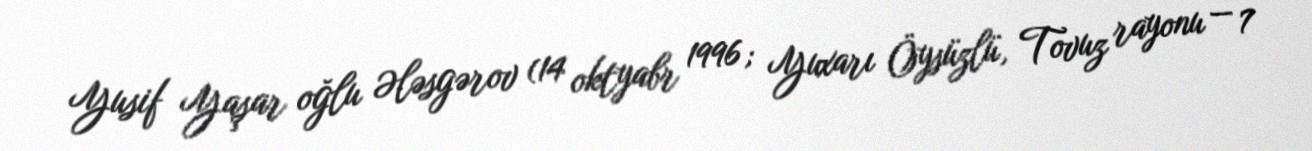
Yusif Yaşar oğlu Ələsgərov (14 oktyabr 1996; Yuxarı Öysüzlü, Tovuz rayonu — 7